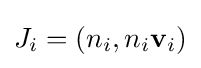
J_{i}=(n_{i},n_{i}\mathbf {v} _{i})